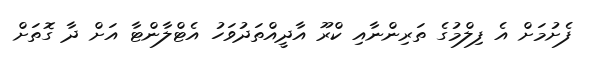
ފެށުމަށް އެ ފިލްމުގެ ތަރިންނާއި ކްރޫ އާދީއްތަދުވަހު އެޓްލާންޓާ އަށް ދާ ގޮތަށް